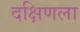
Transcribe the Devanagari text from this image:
दक्षिणला